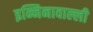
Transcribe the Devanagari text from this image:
इन्निनावाल्ली